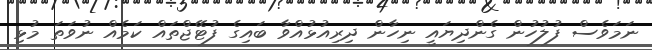
ނަމަވެސް ފުލުހުން ގެންދިޔައީ ނިހާން ދިރިއުޅުއްވާ ބައިގެ ފުޓޭޖްތައް ކަމެއް ނުވަތަ މުޅި